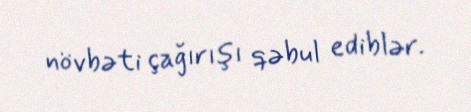
növbəti çağırışı qəbul ediblər.